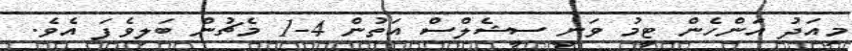
މިއަދު އަންހެން ޓީމު ވަނީ ސީޝެލްސް އަތުން 4-1 މެޗުން ބަލިވެފަ އެވެ.